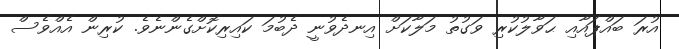
އުރަ ބައްޕައާއި ޙަވާލުކުރި ވަގުތު މަލާކަށް އިނދެވުނީ ދެބުމަ ކައިރިކޮށްގެންނެވެ. ކުރިން އެއްވެސް